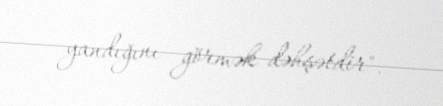
yandığını görmək dəhşətdir".